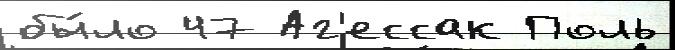
бы́ло 47 Аг'ессак Поль